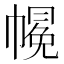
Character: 𱜳